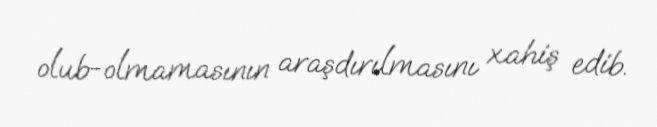
olub-olmamasının araşdırılmasını xahiş edib.